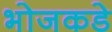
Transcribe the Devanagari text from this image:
भोजकडे